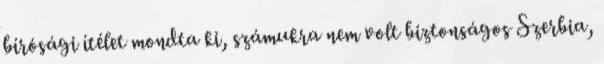
bírósági ítélet mondta ki, számukra nem volt biztonságos Szerbia,